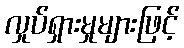
လှုပ်ရှားမှုများဖြင့်